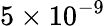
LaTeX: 5\times 10^{-9}